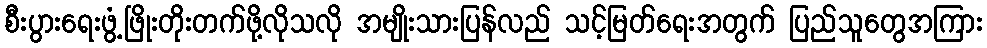
စီးပွားရေးဖွံ့ဖြိုးတိုးတက်ဖို့လိုသလို အမျိုးသားပြန်လည် သင့်မြတ်ရေးအတွက် ပြည်သူတွေအကြား